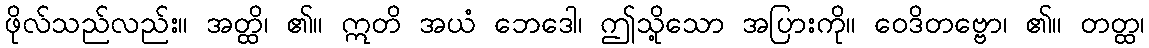
ဖိုလ်သည်လည်း။ အတ္ထိ၊ ၏။ ဣတိ အယံ ဘေဒေါ၊ ဤသို့သော အပြားကို။ ဝေဒိတဗ္ဗော၊ ၏။ တတ္ထ၊